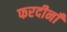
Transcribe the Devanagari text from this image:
फरदीनाँ